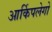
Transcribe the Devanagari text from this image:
आर्किपलेगो